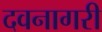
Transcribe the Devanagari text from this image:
दवनागरी